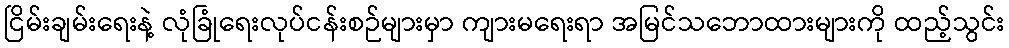
ငြိမ်းချမ်းရေးနဲ့ လုံခြုံရေးလုပ်ငန်းစဉ်များမှာ ကျားမရေးရာ အမြင်သဘောထားများကို ထည့်သွင်း